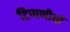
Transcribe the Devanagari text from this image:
टिप्पणीयाँ